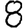
Digit: 8